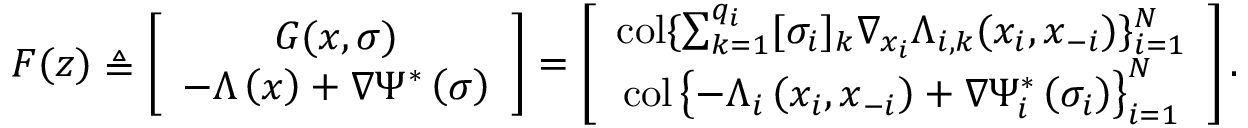
F ( \boldsymbol { z } ) \triangleq \left[ \begin{array} { c } { G ( \boldsymbol { x } , \boldsymbol { \sigma } ) } \\ { - \Lambda \left( \boldsymbol { x } \right) + \nabla \Psi ^ { * } \left( \boldsymbol { \sigma } \right) } \end{array} \right] = \left[ \begin{array} { c } { \operatorname { c o l } \{ \sum _ { k = 1 } ^ { q _ { i } } [ \sigma _ { i } ] _ { k } \nabla _ { x _ { i } } \Lambda _ { i , k } ( x _ { i } , \boldsymbol { x } _ { - i } ) \} _ { i = 1 } ^ { N } } \\ { \operatorname { c o l } \left\{ - \Lambda _ { i } \left( x _ { i } , \boldsymbol { x } _ { - i } \right) + \nabla \Psi _ { i } ^ { * } \left( \sigma _ { i } \right) \right\} _ { i = 1 } ^ { N } } \end{array} \right] .